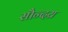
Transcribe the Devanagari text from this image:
सौन्दय्र